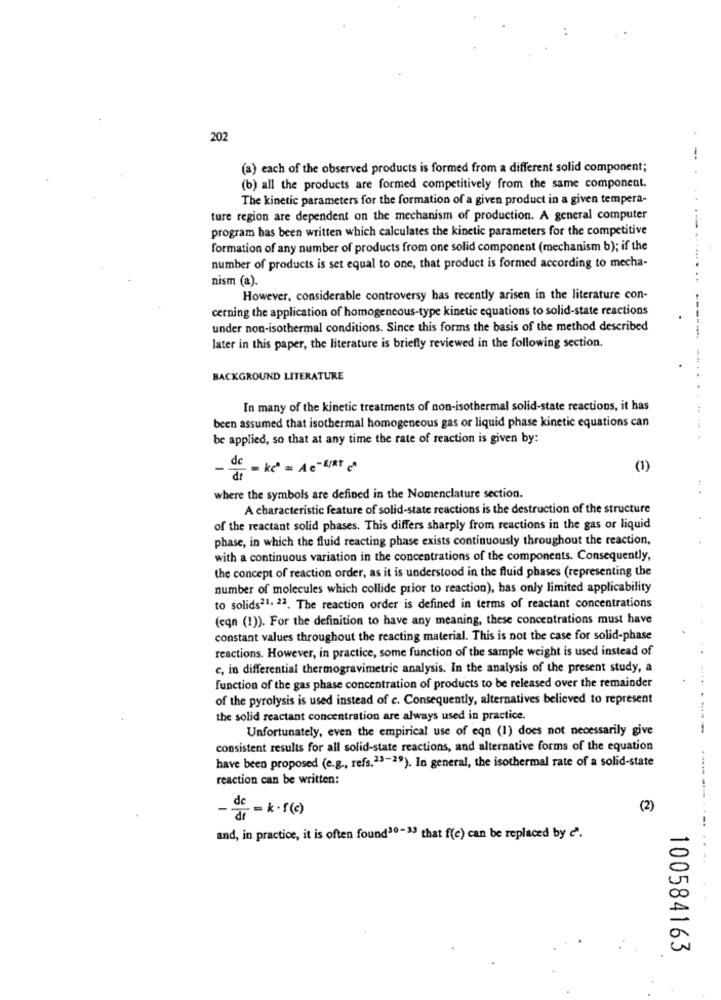
202
(a) each of the observed products is formed from a different solid component;
(b) all the products are formed competitively from the same component.
The kinetic parameters for the formation of a given product in a given tempera-
ture region are dependent on the mechanism of production. A general computer
program has been written which calculates the kinetic parameters for the competitive
formation of any number of products from one solid component (mechanism b); if the
number of products is set equal to one, that product is formed according to mecha-
nism (a).
However, considerable controversy has recently arisen in the literature con-
cerning the application of homogeneous-type kinetic equations to solid-state reactions
under non-isothermal conditions. Since this forms the basis of the method described
-----
later in this paper, the literature is briefly reviewed in the following section.
BACKGROUND LITERATURE
In many of the kinetic treatments of non-isothermal solid-state reactions, it has
been assumed that isothermal homogeneous gas or liquid phase kinetic equations can
be applied, so that at any time the rate of reaction is given by:
de - kč = Ac-ERT
(1)
where the symbols are defined in the Nomenclature section.
A characteristic feature of solid-state reactions is the destruction of the structure
of the reactant solid phases. This differs sharply from reactions in the gas or liquid
phase, in which the fluid reacting phase exists continuously throughout the reaction,
with a continuous variation in the concentrations of the components. Consequently,
the concept of reaction order, as it is understood in the fluid phases (representing the
number of molecules which collide prior to reaction), has only limited applicability
to solids?1. 22. The reaction order is defined in terms of reactant concentrations
(eqn (1)). For the definition to have any meaning, these concentrations must have
constant values throughout the reacting material. This is not the case for solid-phase
reactions. However, in practice, some function of the sample weight is used instead of
c, in differential thermogravimetric analysis. In the analysis of the present study, a
function of the gas phase concentration of products to be released over the remainder
of the pyrolysis is used instead of c. Consequently, alternatives believed to represent
the solid reactant concentration are always used in practice.
Unfortunately, even the empirical use of eqn (1) does not necessarily give
consistent results for all solid-state reactions, and alternative forms of the equation
have been proposed (e.g ., refs.23-25). In general, the isothermal rate of a solid-state
reaction can be written:
dc = k·f(c)
(2)
- Ji
and, in practice, it is often found30-> that f(c) can be replaced by 2.
100584163